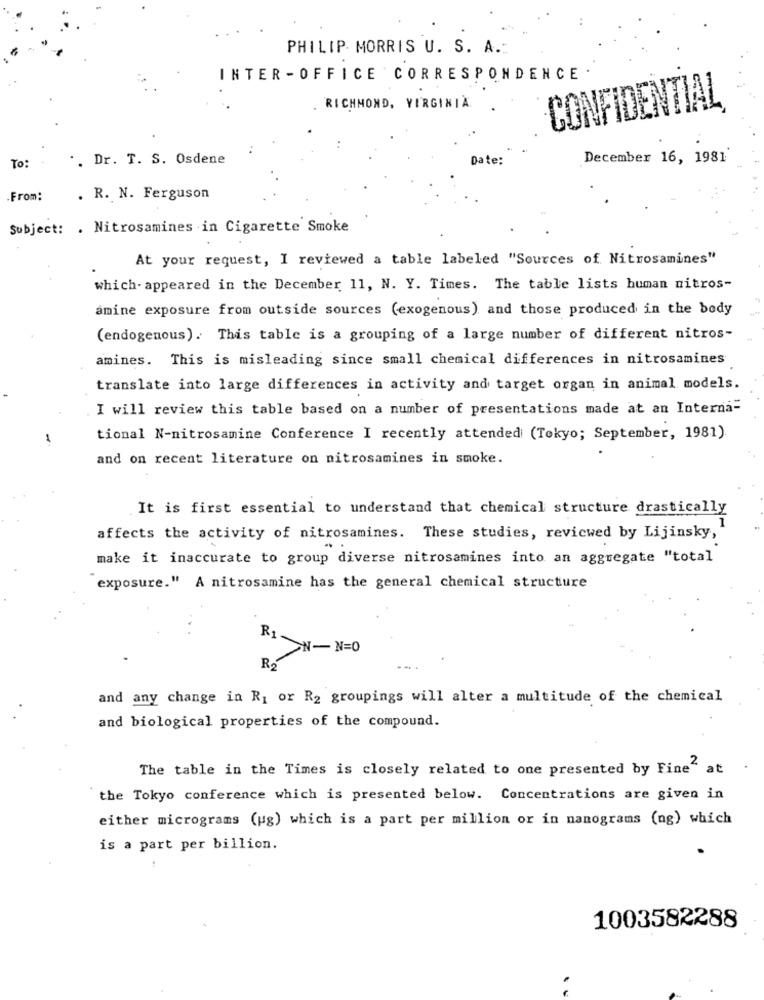
PHILIP MORRIS U. S. A .:
INTER -OFFICE CORRESPONDENCE
. RICHMOND, VIRGINIA
CONFIDENTIAL
·. Dr. T. S. Osdene
Date:
December 16, 1981
To:
From:
. R. N. Ferguson
Subject: . Nitrosamines in Cigarette Smoke
At your request, I reviewed a table labeled "Sources of Nitrosamines"
which- appeared in the December 11, N. Y. Times. The table lists human nitros-
amine exposure from outside sources (exogenous) and those produced in the body
(endogenous). This table is a grouping of a large number of different nitros-
amines. This is misleading since small chemical differences in nitrosamines
translate into large differences in activity and target organ in animal models.
I will review this table based on a number of presentations made at an Interna-
tional N-nitrosamine Conference I recently attended (Tokyo; September, 1981)
and on recent literature on nitrosamines in smoke.
It is first essential to understand that chemical structure drastically
affects the activity of nitrosamines. These studies, reviewed by Lijinsky,
make it inaccurate to group diverse nitrosamines into an aggregate "total
exposure." A nitrosamine has the general chemical structure
R1
N-N=0
R2
and any change in R1 or R2 groupings will alter a multitude of the chemical
and biological properties of the compound.
The table in the Times is closely related to one presented by Fine" at
the Tokyo conference which is presented below. Concentrations are given in
either micrograms (ug) which is a part per million or in nanograms (ng) which
is a part per billion.
1003582288